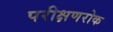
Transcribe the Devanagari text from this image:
परीक्षणरोक